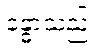
ခန္ဓာသည်